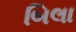
બિલા